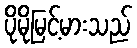
ပိုမိုမြင့်မားသည်